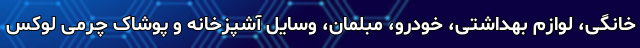
خانگی، لوازم بهداشتی، خودرو، مبلمان، وسایل آشپزخانه و پوشاک چرمی لوکس